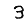
Digit: 3